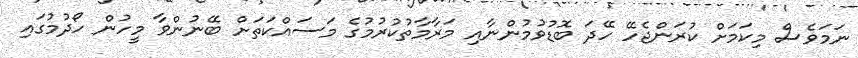
ނަމަވެސް މިކަމަށް ކުރަންޖެހޭ ހޭދަ ބޮޑުވުމުންނާއި މަރާމާތުކުރުމުގެ މަސައްކަތަށް ބޭނުންވާ މީހުން ހޯދުމުގައި